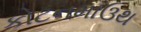
કોટનમાઉથ